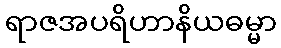
ရာဇအပရိဟာနိယဓမ္မာ